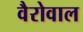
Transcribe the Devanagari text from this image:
वैरोवाल